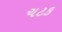
ચટક